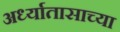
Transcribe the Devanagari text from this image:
अर्ध्यातासाच्या